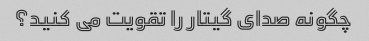
چگونه صدای گیتار را تقویت می کنید؟